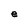
Character: e